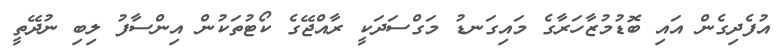
އުފެދިގެން އައި ބޮޑުމުޒާހަރާގެ މައިގަނޑު މަގްސަދަކީ ރާއްޖޭގެ ކޯޓުތަކުން އިންސާފު ލިބި ނުދޭތީ